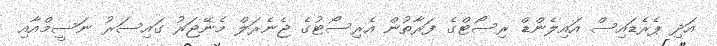
އަދި ޕެރެޑައިސް އައިލެންޑް ރިސޯޓްގެ ފަރާތުން އެރިސޯޓުގެ ޖެނެރަލް މެނޭޖަރު ގައިސަރު ނަސީމްއާއި